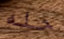
حله